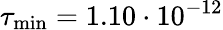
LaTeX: \tau_{\mathrm{min}}=1.10\cdot 10^{-12}